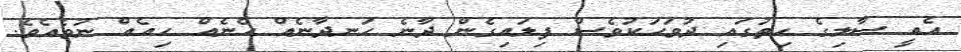
އެއީ ސާލިގެ ހިތުގައި ދުވަހަކުވެސް ފިލައިގެން ދާނެ ހަނދާނެއް ހެނެއް ހިއެއް ނުވެއެވެ.